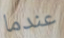
عندما